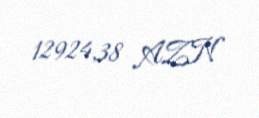
12924,38 AZN